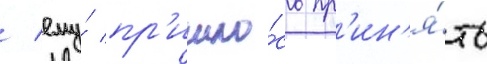
/ ему́ пр'ишло́сь пр'ин'я́ть